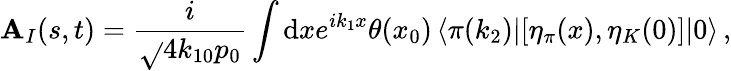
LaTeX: \mathbf{A}_{I}(s,t)={\frac{{i}}{{\sqrt{}{{4k_{10}p_{0}}}}}}\int\mathrm{{d}}xe^{ik_{1}x}\theta(x_{0})\, \langle\pi(k_{2})|[\eta_{\pi}(x),\eta_{K}(0)]|0\rangle\, ,